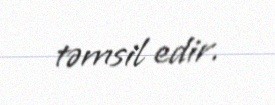
təmsil edir.